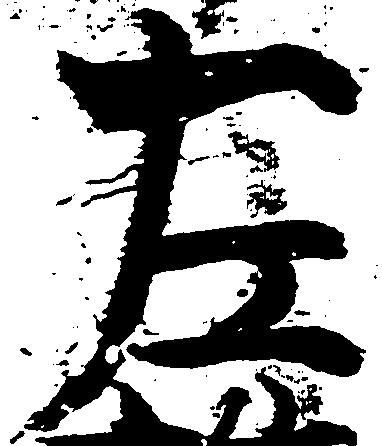
左